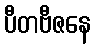
ပီတဗီဇနေ